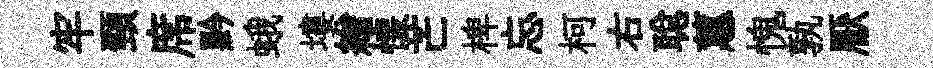
牢頸席黔蛾塿繒懐芒椑忘柯右聪蕙愧孰厭